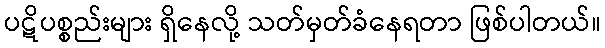
ပဋိပစ္စည်းများ ရှိနေလို့ သတ်မှတ်ခံနေရတာ ဖြစ်ပါတယ်။